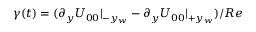
\gamma ( t ) = ( \partial _ { y } U _ { 0 0 } | _ { - y _ { w } } - \partial _ { y } U _ { 0 0 } | _ { + y _ { w } } ) / R e